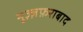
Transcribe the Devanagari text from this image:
मुज़्ज़फ़राबाद